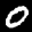
Label: 0